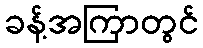
ခန့်အကြာတွင်